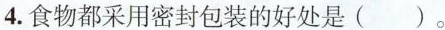
4.食物都采用密封包装的好处是（）。